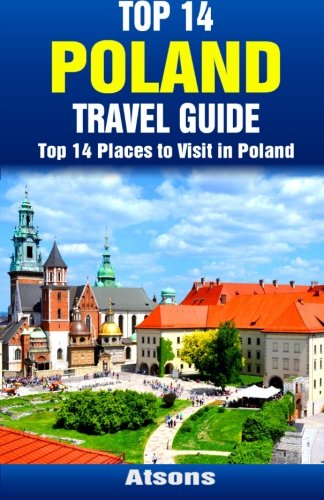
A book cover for Top 14 Places to Visit in Poland - Top 14 Poland Travel Guide; Atsons; Travel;